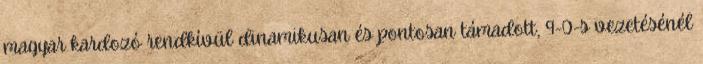
magyar kardozó rendkívül dinamikusan és pontosan támadott, 9-0-s vezetésénél